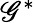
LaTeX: \mathscr{G}^{*}